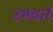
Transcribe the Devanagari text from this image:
उभवारे